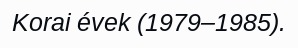
Korai évek (1979–1985).